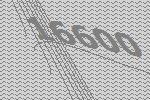
16600